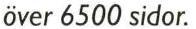
över 6500 sidor.